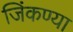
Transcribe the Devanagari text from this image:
जिंकण्या